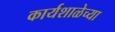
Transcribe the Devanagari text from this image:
कार्यशाळेच्या